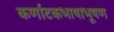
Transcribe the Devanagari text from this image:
कर्णाटकभाषाभूषण